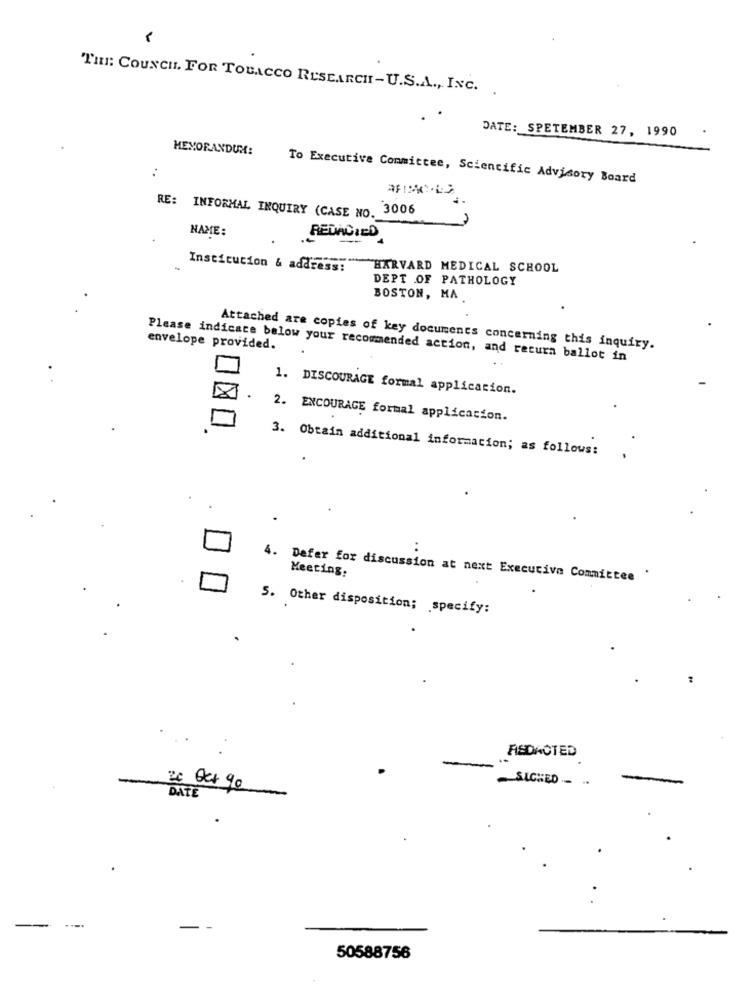
THE: COUNCIL. FOR TOBACCO RESEARCH -U.S.A ., INC. .
DATE: SPETEMBER 27, 1990
MEMORANDUM:
:
To Executive Committee, Scientific Advisory Board
RE: INFORMAL INQUIRY (CASE NO. 3006
NAME:
REDACTED
Institution & address:
HARVARD MEDICAL SCHOOL
DEPT OF PATHOLOGY
BOSTON, MA
envelope provided.
Attached are copies of key documents concerning this inquiry.
Please indicate below your recommended action, and return ballot in
1. DISCOURAGE formal application.
2. ENCOURAGE formal application.
3. Obtain additional information; as follows:
..
4. Defer for discussion at next Executive Committee
Meeting.
5. Other disposition; specify:
ASDACTED
SICHED. ..
26 Oct 90
DATE
50588756